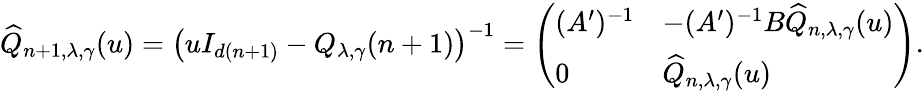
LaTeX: \widehat{Q}_{n+1,\lambda,\gamma}(u)=\left(uI_{d(n+1)}-Q_{\lambda,\gamma}(n+1)\right)^{-1}=\left(\begin{array}{ll}{(A^{\prime})^{-1}}&{-(A^{\prime})^{-1}B\widehat{Q}_{n,\lambda,\gamma}(u)}\\ {0}&{\widehat{Q}_{n,\lambda,\gamma}(u)}\end{array}\right).